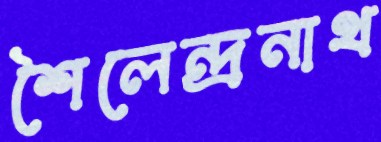
শৈলেন্দ্রনাথ